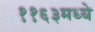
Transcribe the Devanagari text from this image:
११६३मध्ये